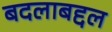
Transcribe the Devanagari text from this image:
बदलाबद्दल